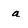
Character: a